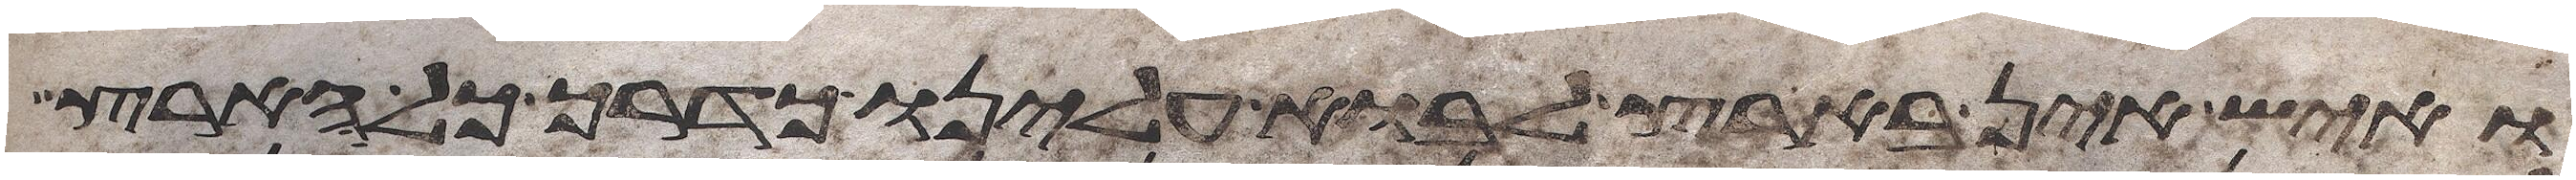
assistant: ואיש אין בארץ לבוא עלינו כדרך כל הארץ